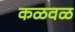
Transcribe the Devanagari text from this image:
कळवळ